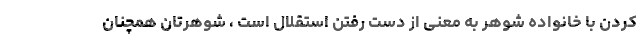
کردن با خانواده شوهر به معنی از دست رفتن استقلال است ، شوهرتان همچنان